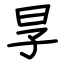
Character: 㫗